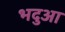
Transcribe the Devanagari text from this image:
भदुआ